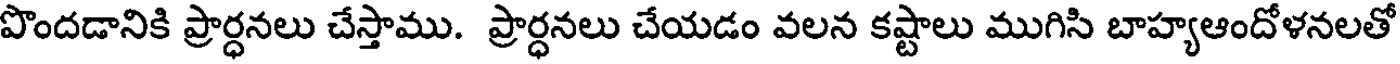
పొందడానికి ప్రార్ధనలు చేస్తాము. ప్రార్ధనలు చేయడం వలన కష్టాలు ముగిసి బాహ్యఆందోళనలతో